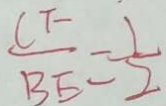
\frac { C F } { B E } = \frac { 1 } { 2 }